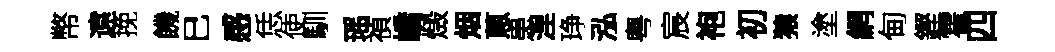
幣遠挽饑巳感恁使馴瑶禎嶠燬烟蔥患涅琤泓粤宸袍初猿塗網甸鏗霍四